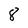
Character: 8